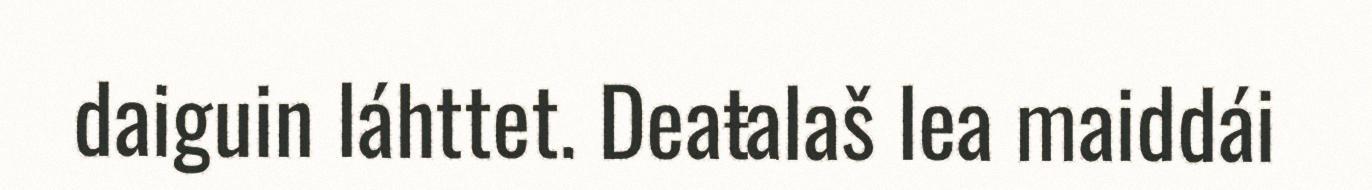
daiguin láhttet. Deaŧalaš lea maiddái